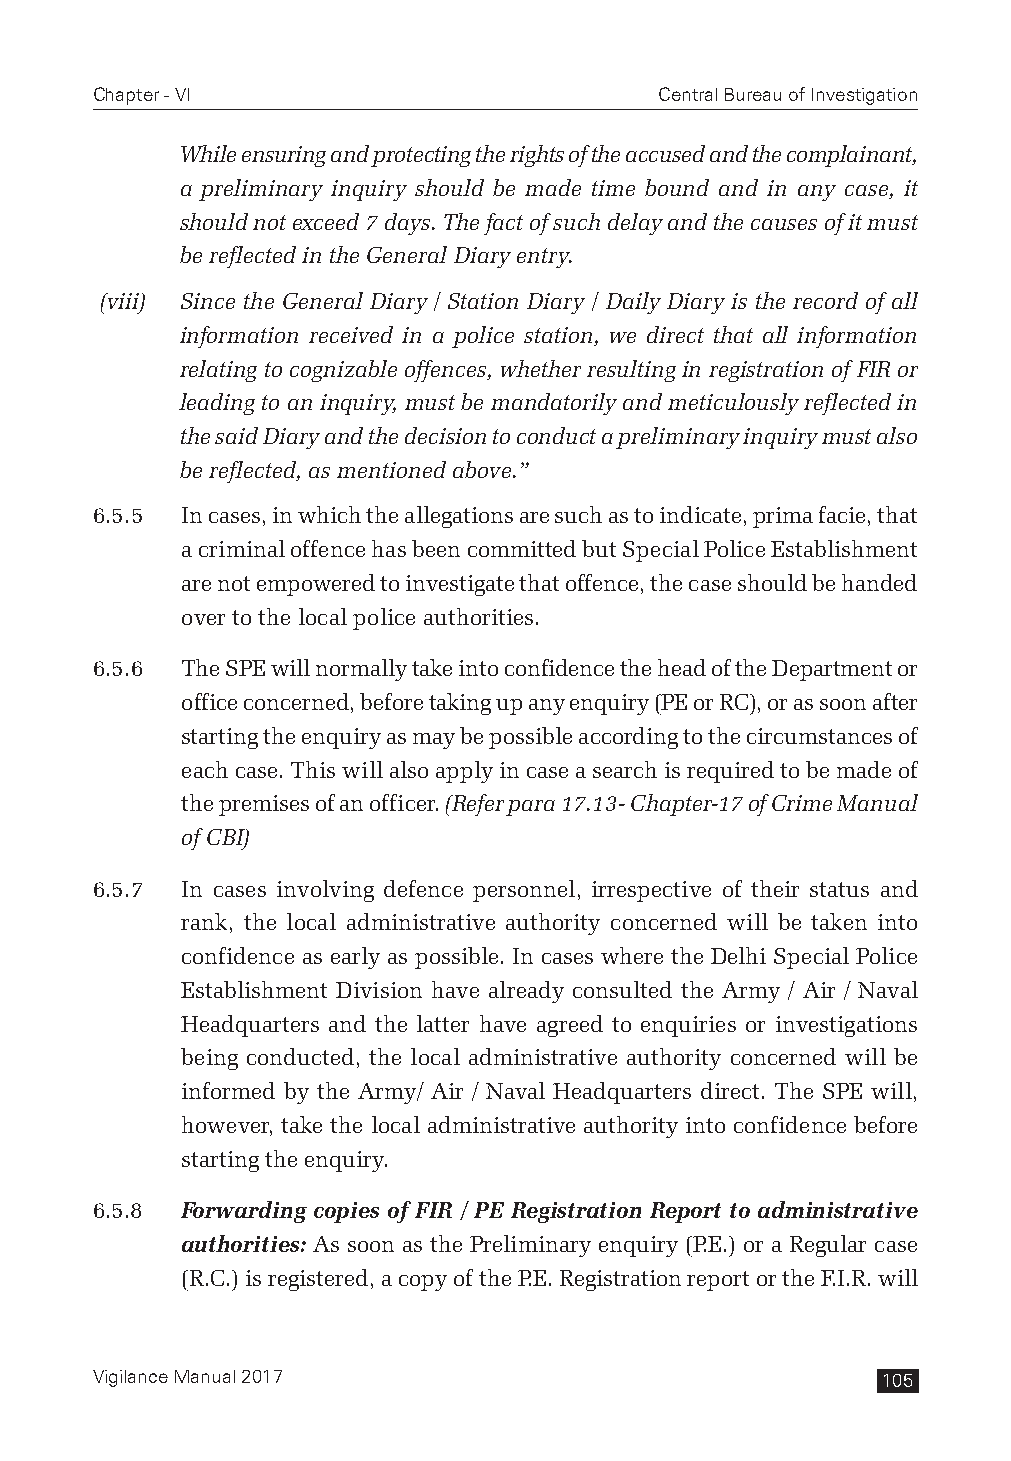
Chapter - VI                          Central Bureau of Investigation
 While ensuring and protecting the rights of the accused and the complainant,
 a preliminary inquiry should be made time bound and in any case, it
 should not exceed 7 days. The fact of such delay and the causes of it must
 be reflected in the General Diary entry.
 (viii) Since the General Diary / Station Diary / Daily Diary is the record of all
 information received in a police station, we direct that all information
 relating to cognizable offences, whether resulting in registration of FIR or
 leading to an inquiry, must be mandatorily and meticulously reflected in
 the said Diary and the decision to conduct a preliminary inquiry must also
 be reflected, as mentioned above.”
 6.5.5 In cases, in which the allegations are such as to indicate, prima facie, that
 a criminal offence has been committed but Special Police Establishment
 are not empowered to investigate that offence, the case should be handed
 over to the local police authorities.
 6.5.6 The SPE will normally take into confidence the head of the Department or
 office concerned, before taking up any enquiry (PE or RC), or as soon after
 starting the enquiry as may be possible according to the circumstances of
 each case. This will also apply in case a search is required to be made of
 the premises of an officer. (Refer para 17.13- Chapter-17 of Crime Manual
 of CBI)
 6.5.7 In cases involving defence personnel, irrespective of their status and
 rank, the local administrative authority concerned will be taken into
 confidence as early as possible. In cases where the Delhi Special Police
 Establishment Division have already consulted the Army / Air / Naval
 Headquarters and the latter have agreed to enquiries or investigations
 being conducted, the local administrative authority concerned will be
 informed by the Army/ Air / Naval Headquarters direct. The SPE will,
 however, take the local administrative authority into confidence before
 starting the enquiry.
 6.5.8 Forwarding copies of FIR / PE Registration Report to administrative
 authorities: As soon as the Preliminary enquiry (P.E.) or a Regular case
 (R.C.) is registered, a copy of the P.E. Registration report or the F.I.R. will
 Vigilance Manual 2017                               105